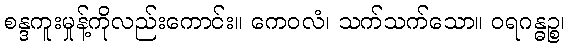
စန္ဒကူးမှုန့်ကိုလည်းကောင်း။ ကေဝလံ၊ သက်သက်သော။ ဝရဂန္ဓဉ္စ၊